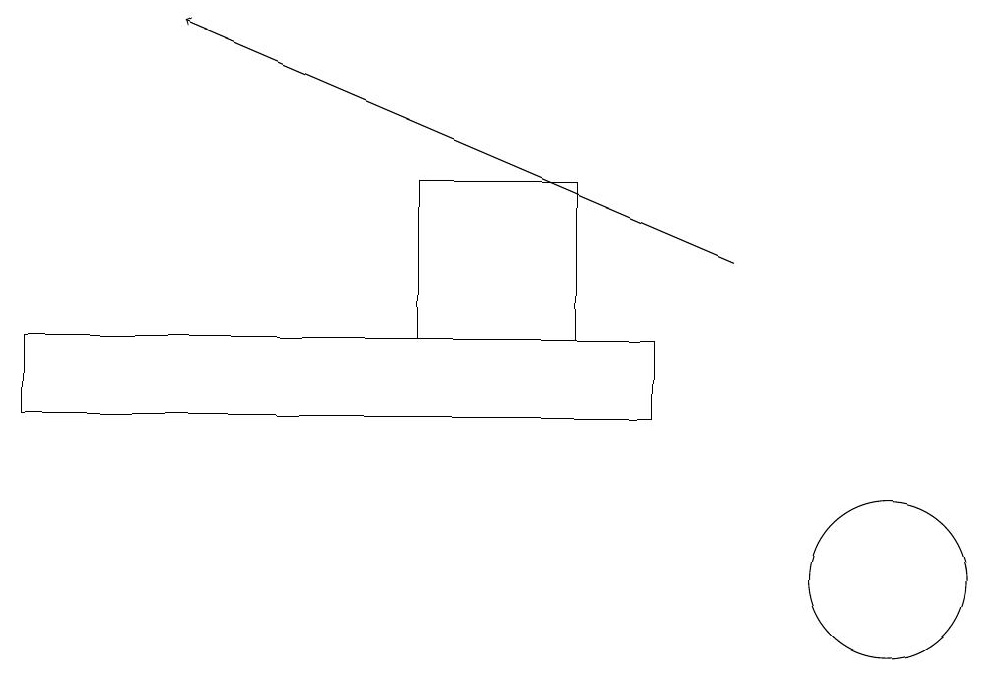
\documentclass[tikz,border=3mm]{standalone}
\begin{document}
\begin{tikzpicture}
\draw (0,13) rectangle (8,14);
\draw (5,16) rectangle (7,14);
\draw (11,11) circle (1);
\draw[->] (9,15) -- (2,18);
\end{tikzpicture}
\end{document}